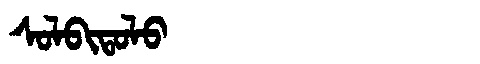
Manchu: ᠰᠣᠯᠪᡳᡨᠣᠯᠣ
Romanization: SOLBITOLO